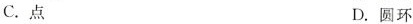
C.点 D.圆环